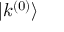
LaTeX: | k ^ { ( 0 ) } \rangle